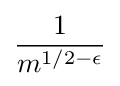
{\frac {1}{m^{1/2-\epsilon }}}